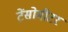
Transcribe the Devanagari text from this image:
टेंसोमीटर